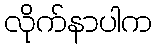
လိုက်နာပါက